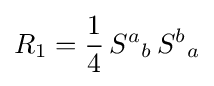
R_{1}={\frac {1}{4}}\,{S^{a}}_{b}\,{S^{b}}_{a}